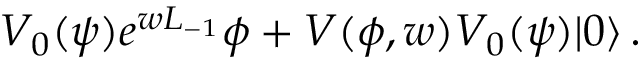
V _ { 0 } ( \psi ) e ^ { w L _ { - 1 } } \phi + V ( \phi , w ) V _ { 0 } ( \psi ) | 0 \rangle \, .